38_143685_box7_Incident_Summaries_1-100
Agency: Department of War
Page 101
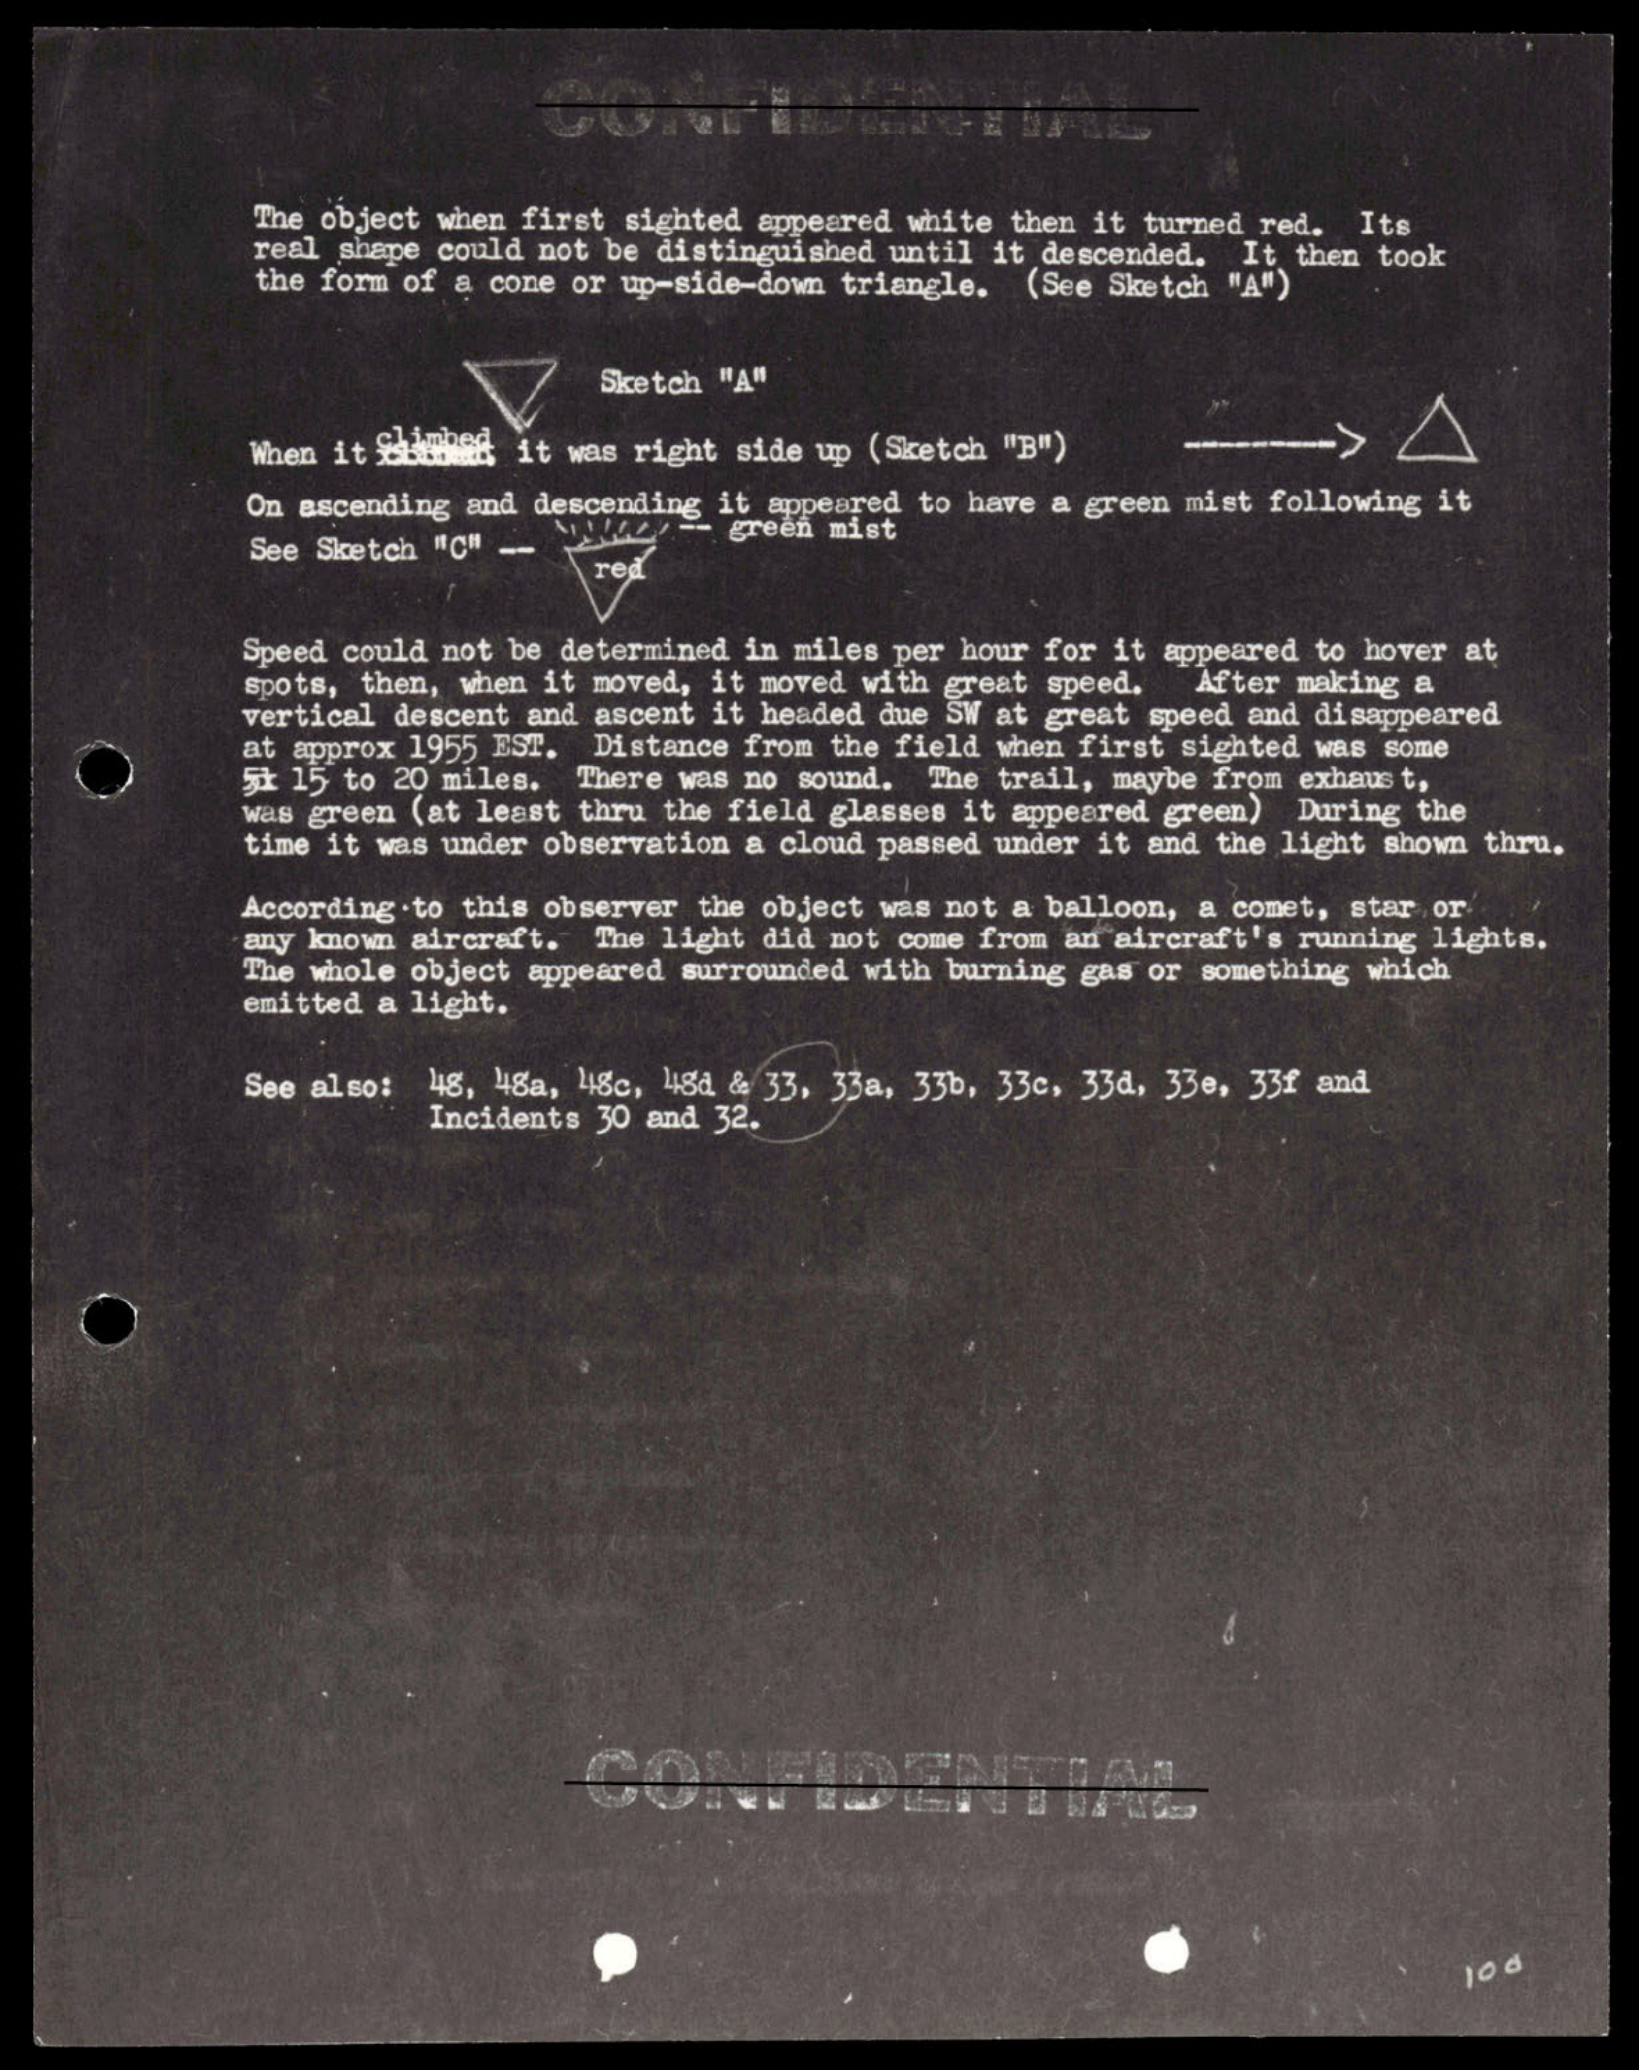